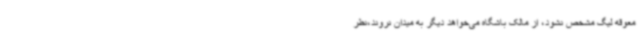
معوقه لیگ مشخص نشود، از مالک باشگاه می‌خواهد دیگر به میدان نروند،نظر